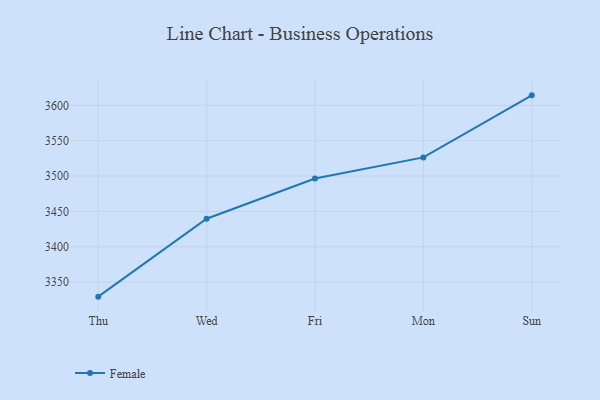
{"axis": {"x": "Day", "y": "Headcount"}, "legend": ["Female"], "data": [{"x": "Thu", "y": 3329.3, "type": "Female"}, {"x": "Wed", "y": 3439.6, "type": "Female"}, {"x": "Fri", "y": 3496.4, "type": "Female"}, {"x": "Mon", "y": 3526.4, "type": "Female"}, {"x": "Sun", "y": 3614.2, "type": "Female"}]}